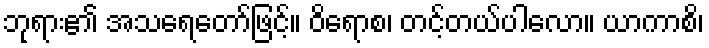
ဘုရား၏ အသရေတော်ဖြင့်။ ဝိရောစ၊ တင့်တယ်ပါလော။ ယာကာစိ၊